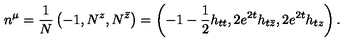
n ^ { \mu } = { \frac { 1 } { N } } \left( - 1 , N ^ { z } , N ^ { \bar { z } } \right) = \left( - 1 - { \frac { 1 } { 2 } } h _ { t t } , 2 e ^ { 2 t } h _ { t \bar { z } } , 2 e ^ { 2 t } h _ { t z } \right) .